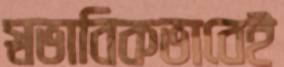
স্বভাবিকভাবেই